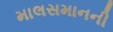
માલસમાનની